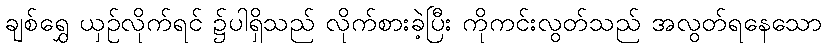
ချစ်ရွှေ ယှဉ်လိုက်ရင် ၌ပါရှိသည် လိုက်စားခဲ့ပြီး ကိုကင်းလွတ်သည် အလွတ်ရနေသော